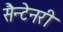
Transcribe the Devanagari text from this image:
सैन्टेनरी